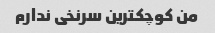
من کوچکترین سرنخی ندارم